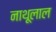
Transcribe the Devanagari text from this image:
नाथूलाल